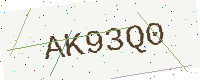
Text: AK93Q0